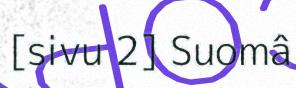
[sivu 2] Suomâ